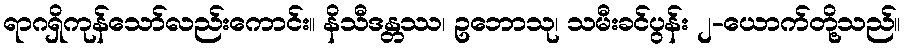
ရာဂရှိကုန်သော်လည်းကောင်း။ နိသီဒန္တဿ၊ ဥဘောသု၊ သမီးခင်ပွန်း ၂-ယောက်တို့သည်။